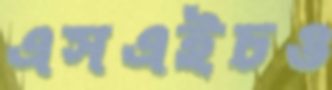
এসএইচও